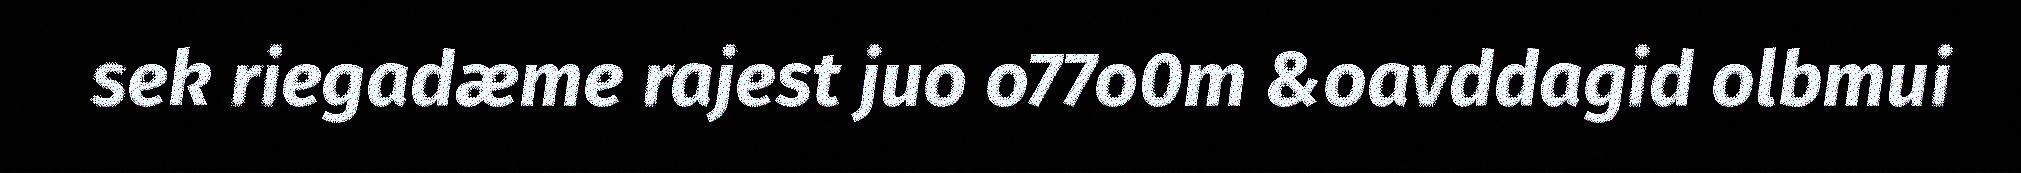
sek riegadæme rajest juo o77o0m &oavddagid olbmui